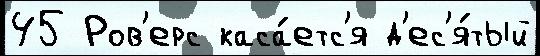
45 Ров'ерс каса́етс'я д'ес'я́тый